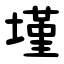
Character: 墐